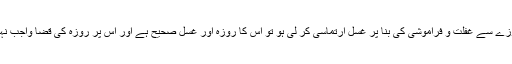
اگر روزے سے غفلت و فراموشی کی بنا پر غسل ارتماسی کر لی ہو تو اس کا روزہ اور غسل صحیح ہے اور اس پر روزہ کی قضا واجب نہیں ہے۔